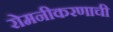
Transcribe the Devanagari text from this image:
रोमनीकरणाची